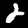
Digit: 2